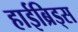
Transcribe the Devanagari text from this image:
हाईब्रिड्स